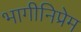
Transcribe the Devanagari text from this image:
भागीनिप्रेम